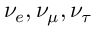
\nu _ { e } , \nu _ { \mu } , \nu _ { \tau }